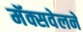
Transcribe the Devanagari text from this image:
मॅक्सवेलने